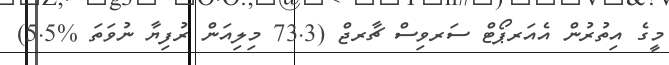
މީގެ އިތުރުން އެއަރޕޯޓް ސަރވިސް ޗާރޖް (73.3 މިލިއަން ރުފިޔާ ނުވަތަ %5.5)